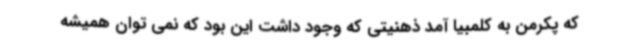
که پکرمن به کلمبیا آمد ذهنیتی که وجود داشت این بود که نمی توان همیشه